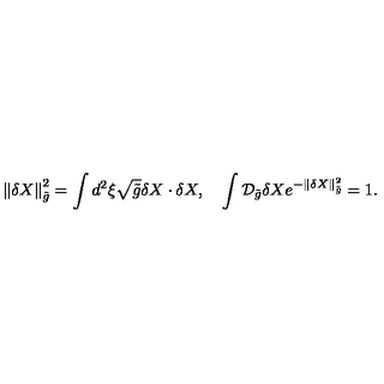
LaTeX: \left\| \delta { X } \right\| _ { \tilde { g } } ^ { 2 } = \int { d ^ { 2 } } \xi \sqrt { \tilde { g } } \delta { X } \cdot \delta { X } , \quad \int { \mathcal { D } _ { \tilde { g } } } \delta { X } { e ^ { - \left\| \delta { X } \right\| _ { \tilde { g } } ^ { 2 } } } = 1 .